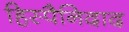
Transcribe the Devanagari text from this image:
हिस्पैनिदाद